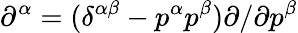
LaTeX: \partial^{\alpha}=(\delta^{\alpha\beta}-p^{\alpha}p^{\beta})\partial/\partial p^{\beta}